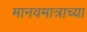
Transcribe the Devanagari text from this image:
मानवमात्राच्या